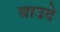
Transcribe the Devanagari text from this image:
बाउदे